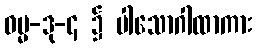
ဓမ္မ-ဒု-၄ ၌ ပါသောဂါထာကား